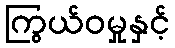
ကြွယ်ဝမှုနှင့်